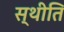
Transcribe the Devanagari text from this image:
स्थीति